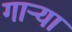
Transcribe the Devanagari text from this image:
गाऱ्या